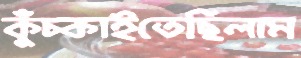
কুঁচ্‌কাইতেছিলাম